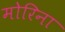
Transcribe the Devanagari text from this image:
मोरिना